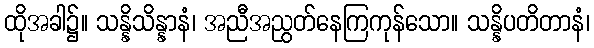
ထိုအခါ၌။ သန္နိသိန္နာနံ၊ အညီအညွတ်နေကြကုန်သော။ သန္နိပတိတာနံ၊